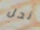
نحل